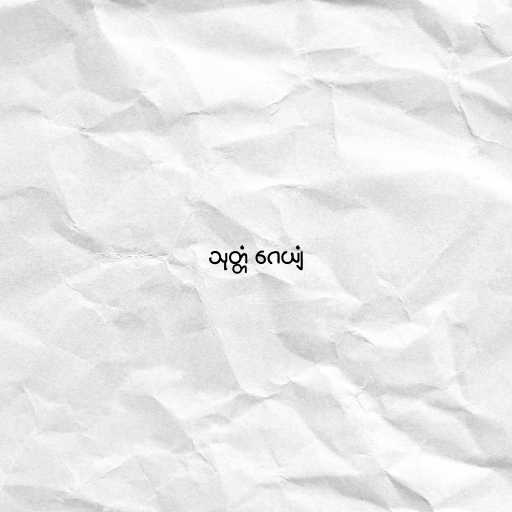
သုတ္တံ ဂေယျံ